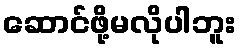
ဆောင်ဖို့မလိုပါဘူး